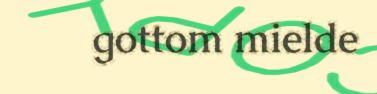
gottom mielde